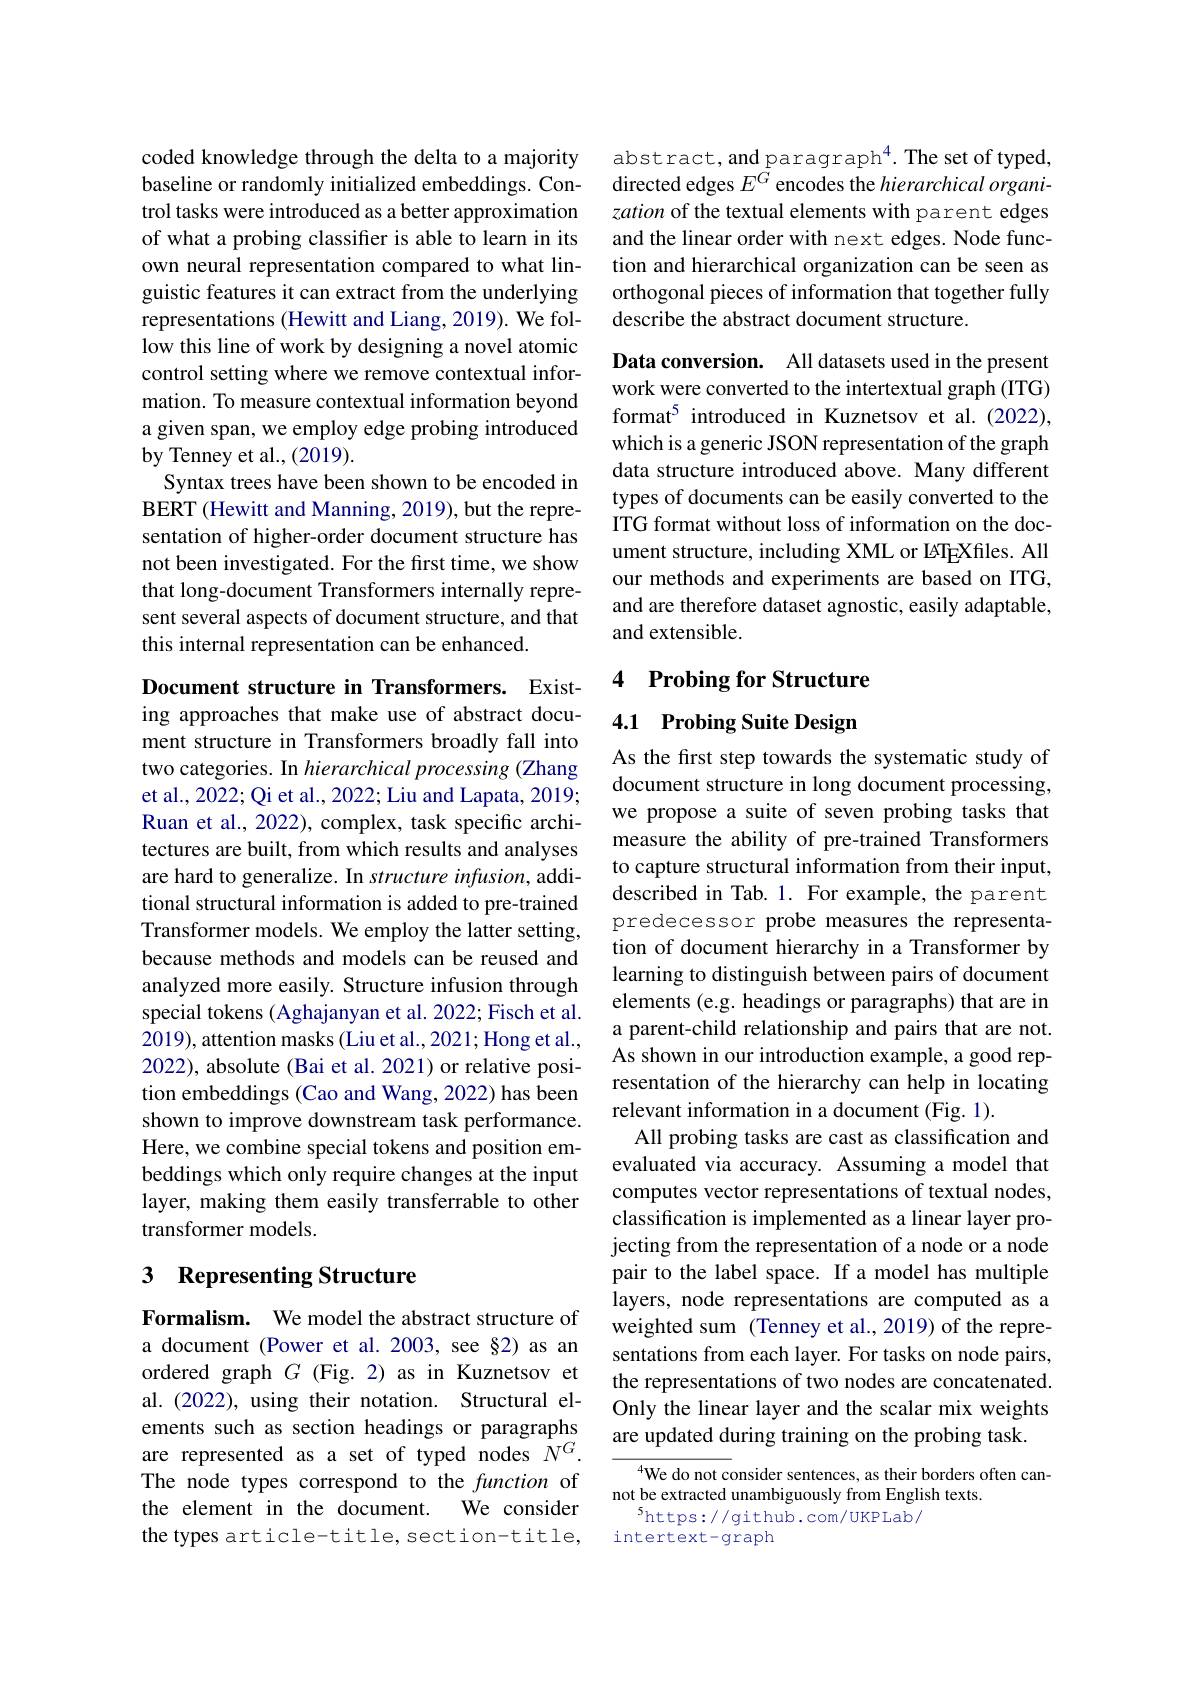
coded knowledge through the delta to a majority baseline or randomly initialized embeddings. Control tasks were introduced as a better approximation of what a probing classifer is able to learn in its own neural representation compared to what linguistic features it can extract from the underlying representations (Hewitt and Liang, 2019). We follow this line of work by designing a novel atomic control setting where we remove contextual information. To measure contextual information beyond a given span, we employ edge probing introduced by Tenney et al.,(2019).
Syntax trees have been shown to be encoded in BERT (Hewitt and Manning, 2019), but the representation of higher-order document structure has not been investigated. For the first time, we show that long-document Transformers internally represent several aspects of document structure, and that this internal representation can be enhanced.

Document structure in Transformers. Existing approaches that make use of abstract document structure in Transformers broadly fall into two categories. In hierarchical processing (Zhang et al., 2022; Qi et al., 2022; Liu and Lapata, 2019; Ruan et al., 2022), complex, task specific architectures are built, from which results and analyses are hard to generalize. In structure infusion, additional structural information is added to pre-trained Transformer models. We employ the latter setting, because methods and models can be reused and analyzed more easily. Structure infusion through special tokens (Aghajanyan et al. 2022; Fisch et al. 2019), attention masks (Liu et al., 2021; Hong et al., 2022), absolute (Bai et al. 2021) or relative position embeddings (Cao and Wang, 2022) has been shown to improve downstream task performance. Here, we combine special tokens and position embeddings which only require changes at the input layer, making them easily transferrable to other transformer models.

## 3 Representing Structure

Formalism. We model the abstract structure of a document (Power et al. 2003, see §2) as an ordered graph $G$ (Fig.2) as in Kuznetsov et al.(2022), using their notation. Structural elements such as section headings or paragraphs are represented as a set of typed nodes $N^G.$ The node types correspond to the function of the element in the document. We consider the types article-title, section-title,

abstract, and paragraph$^4.$ The set of typed, directed edges $E^G$ encodes the hierarchical organization of the textual elements with parent edges and the linear order with next edges. Node function and hierarchical organization can be seen as orthogonal pieces of information that together fully describe the abstract document structure.

Data conversion. All datasets used in the present work were converted to the intertextual graph (ITG) format$^{5}$ introduced in Kuznetsov et al.(2022), which is a generic JSON representation of the graph data structure introduced above. Many different types of documents can be easily converted to the ITG format without loss of information on the document structure, including XML or IATEXfiles. All our methods and experiments are based on ITG, and are therefore dataset agnostic, easily adaptable, and extensible.

## 4 Probing for Structure

4.1 Probing Suite Design

As the first step towards the systematic study of document structure in long document processing, we propose a suite of seven probing tasks that measure the ability of pre-trained Transformers to capture structural information from their input, described in Tab. 1. For example, the parent predecessor probe measures the representation of document hierarchy in a Transformer by learning to distinguish between pairs of document elements (e.g. headings or paragraphs) that are in a parent-child relationship and pairs that are not. As shown in our introduction example, a good representation of the hierarchy can help in locating relevant information in a document (Fig. 1).
All probing tasks are cast as classification and evaluated via accuracy. Assuming a model that computes vector representations of textual nodes, classification is implemented as a linear layer projecting from the representation of a node or a node pair to the label space. If a model has multiple layers, node representations are computed as a weighted sum (Tenney et al., 2019) of the representations from each layer. For tasks on node pairs, the representations of two nodes are concatenated. Only the linear layer and the scalar mix weights are updated during training on the probing task.
$^{4}$We do not consider sentences, as their borders often can-

not be extracted unambiguously from English texts.
$^{5}$https://github.com/UKPLab/
intertext-graph